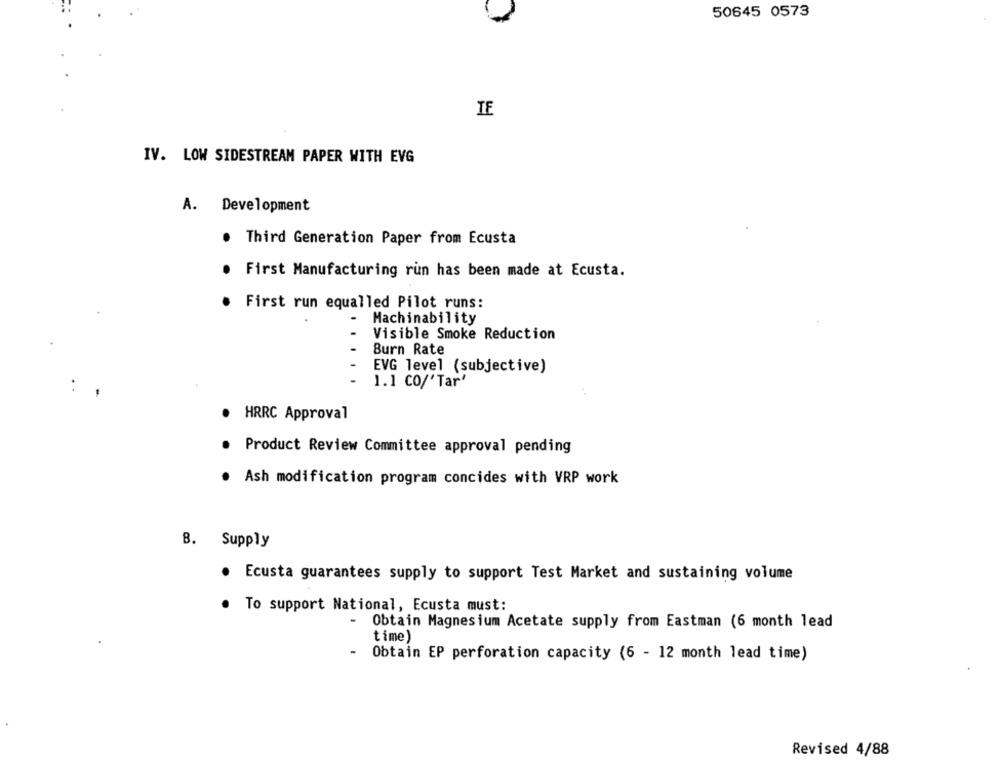
50645 0573
IF
IV. LOW SIDESTREAM PAPER WITH EVG
A. Development
. Third Generation Paper from Ecusta
. First Manufacturing run has been made at Ecusta.
First run equalled Pilot runs:
Machinability
Visible Smoke Reduction
.
Burn Rate
EVG level (subjective)
1.1 CO/'Tar'
· HRRC Approval
· Product Review Committee approval pending
.
Ash modification program concides with VRP work
B. Supply
. Ecusta guarantees supply to support Test Market and sustaining volume
To support National, Ecusta must:
- Obtain Magnesium Acetate supply from Eastman (6 month lead
time)
-
Obtain EP perforation capacity (6 - 12 month lead time)
Revised 4/88